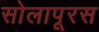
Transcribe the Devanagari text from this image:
सोलापूरस